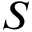
S